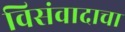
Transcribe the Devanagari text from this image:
विसंवादाचा